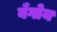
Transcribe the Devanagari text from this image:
बँगोय